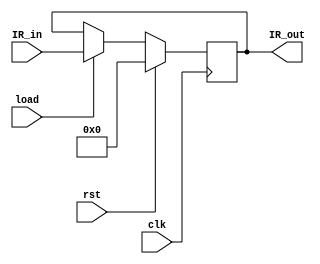
// This program was cloned from: https://github.com/tangxifan/micro_benchmark
// License: MIT License

module IR(IR_out,IR_in,load,clk,rst);

output reg	[7:0]IR_out;
input	[7:0]IR_in;
input	load,clk,rst;

always@(posedge clk)
	begin
		if(rst==1)IR_out<=8'b0;
		else if(load==1)IR_out<=IR_in;		
	end

endmodule